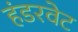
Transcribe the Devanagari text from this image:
हंडरवेट